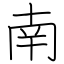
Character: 南